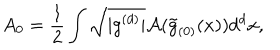
A _ { 0 } = \frac { 1 } { 2 } \int \sqrt { \vert g ^ { ( d ) } \vert } { \cal A } ( \tilde { g } _ { ( 0 ) } ( x ) ) d ^ { d } x ,